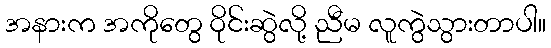
အနားက အကိုတွေ ဝိုင်းဆွဲလို့ ညီမ လူကွဲသွားတာပါ။